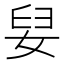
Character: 𮱅